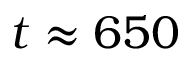
t \approx 6 5 0